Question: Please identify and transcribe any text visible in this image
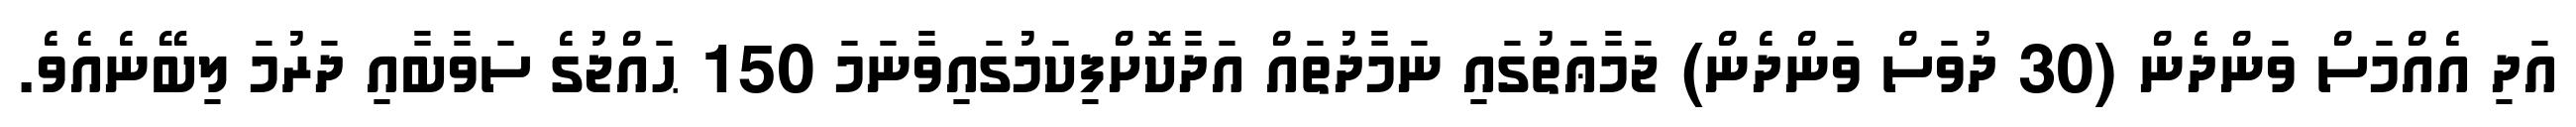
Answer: އަދި އެއްމަސް ވަންދެން (30 ދުވަސް ވަންދެން) ޖަމާޢަތުގައި ނަމާދުތައް އަދާކޮށްފިކަމުގައިވާނަމަ 150 ޙައްޖުގެ ސަވާބާއި ދަރުމަ ލިބޭނެއެވެ.